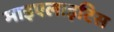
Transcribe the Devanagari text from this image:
माइएलाइटिस